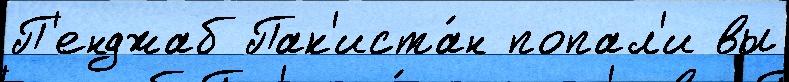
П'енджаб Пак'иста́н попал'и вы